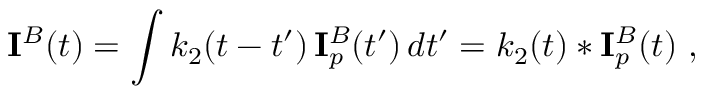
{ \bf \cal I } ^ { B } ( t ) = \int k _ { 2 } ( t - t ^ { \prime } ) \, { \bf \cal I } _ { p } ^ { B } ( t ^ { \prime } ) \, d t ^ { \prime } = k _ { 2 } ( t ) * { \bf \cal I } _ { p } ^ { B } ( t ) \ ,